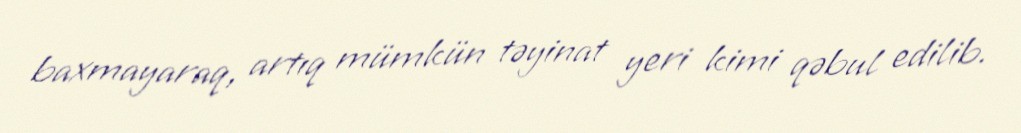
baxmayaraq, artıq mümkün təyinat yeri kimi qəbul edilib.